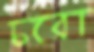
চরো